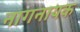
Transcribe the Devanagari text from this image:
नागनायक